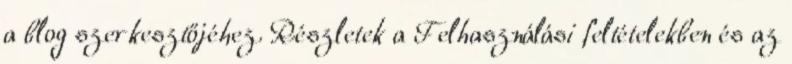
a blog szerkesztőjéhez. Részletek a Felhasználási feltételekben és az